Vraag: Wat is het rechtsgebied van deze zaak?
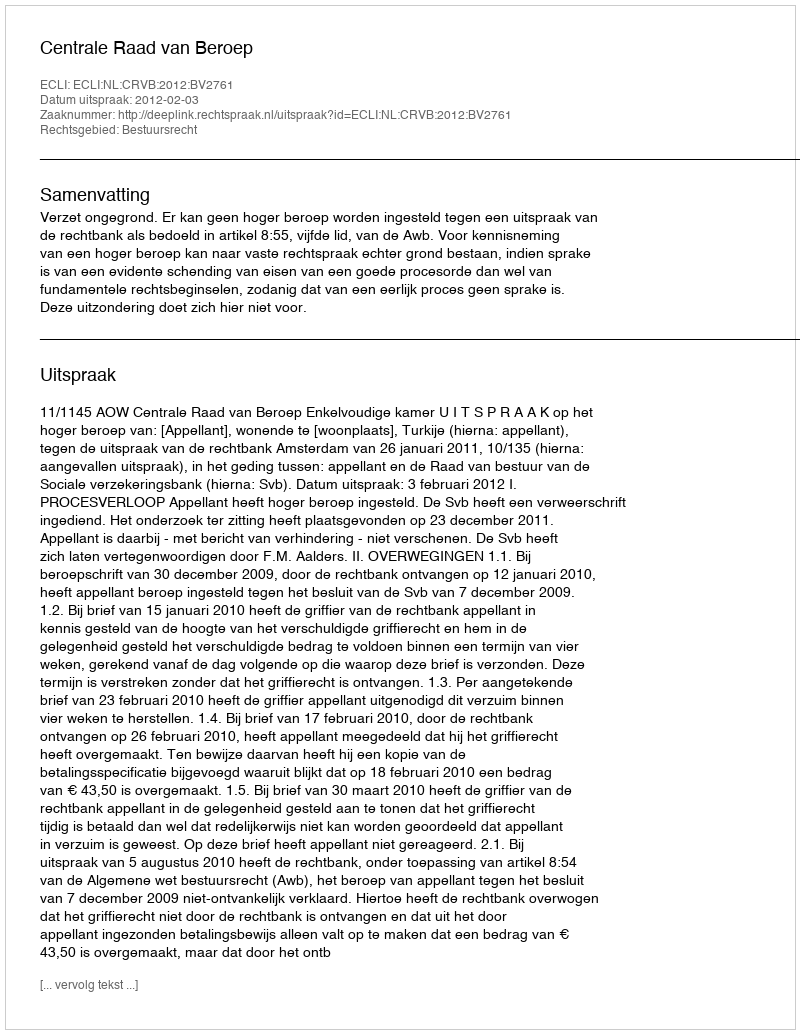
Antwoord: Bestuursrecht